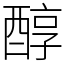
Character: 醇